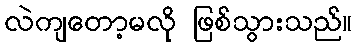
လဲကျတော့မလို ဖြစ်သွားသည်။